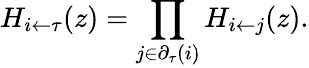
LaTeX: H_{i\leftarrow\tau}(z)=\prod_{j\in\partial_{\tau}(i)}H_{i\leftarrow j}(z).